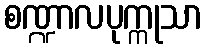
စဏ္ဍာလပုက္ကုသာ